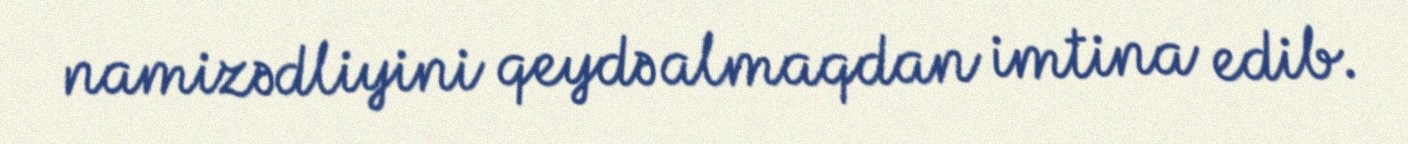
namizədliyini qeydə almaqdan imtina edib.